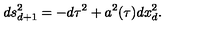
d s _ { d + 1 } ^ { 2 } = - d \tau ^ { 2 } + a ^ { 2 } ( \tau ) d x _ { d } ^ { 2 } .